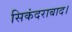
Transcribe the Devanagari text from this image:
सिकंदराबाद।